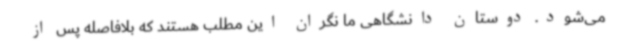
می‌شود. دوستان دانشگاهی ما نگران این مطلب هستند که بلافاصله پس از